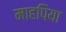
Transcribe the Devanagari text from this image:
माहपिया